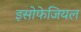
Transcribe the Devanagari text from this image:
इसोफेजियल